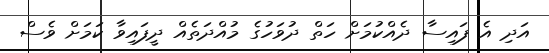
އަދި އެ ފައިސާ ދެއްކުމަށް ހަތް ދުވަހުގެ މުއްދަތެއް ދީފައިވާ ކަމަށް ވެސް